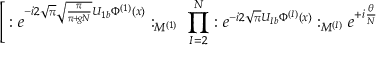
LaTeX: \Bigg [ : e ^ { - i 2 \sqrt { \pi } \sqrt { \frac { \pi } { \pi \! + \! g N } } U _ { 1 b } \Phi ^ { ( 1 ) } ( x ) } : _ { M ^ { ( 1 ) } } \; \prod _ { I = 2 } ^ { N } : e ^ { - i 2 \sqrt { \pi } U _ { I b } \Phi ^ { ( I ) } ( x ) } : _ { M ^ { ( I ) } } e ^ { + i \frac { \theta } { N } }